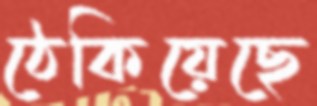
ঠেকিয়েছে